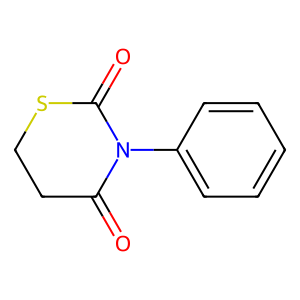
SMILES: O=C1CCSC(=O)N1c1ccccc1
Inhibits HIV replication: No